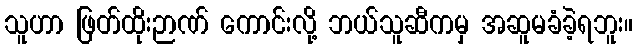
သူဟာ ဖြတ်ထိုးဉာဏ် ကောင်းလို့ ဘယ်သူဆီကမှ အဆူမခံခဲ့ရဘူး။